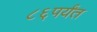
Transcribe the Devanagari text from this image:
८६पर्यंत